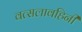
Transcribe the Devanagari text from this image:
वत्सलावहिनी